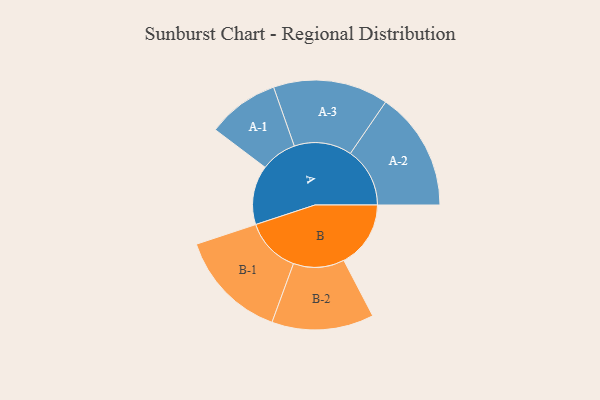
{"axis": {"x": "Segment", "y": "Value"}, "legend": ["", "A", "B"], "data": [{"x": "A", "y": 224, "type": ""}, {"x": "B", "y": 253, "type": ""}, {"x": "A-1", "y": 136, "type": "A"}, {"x": "A-2", "y": 225, "type": "A"}, {"x": "A-3", "y": 218, "type": "A"}, {"x": "B-1", "y": 209, "type": "B"}, {"x": "B-2", "y": 193, "type": "B"}]}